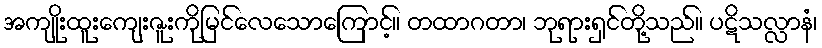
အကျိုးထူးကျေးဇူးကိုမြင်လေသောကြောင့်။ တထာဂတာ၊ ဘုရားရှင်တို့သည်။ ပဋိသလ္လာနံ၊